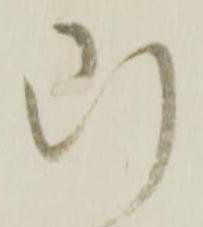
断